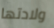
ولادتها